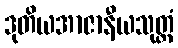
ဒုတိယအာဇာနီယသုတ္တံ